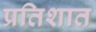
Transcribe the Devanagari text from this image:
प्रतिशात